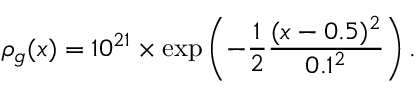
\rho _ { g } ( x ) = 1 0 ^ { 2 1 } \times \exp \left( - \frac { 1 } { 2 } \frac { ( x - 0 . 5 ) ^ { 2 } } { 0 . 1 ^ { 2 } } \right) .